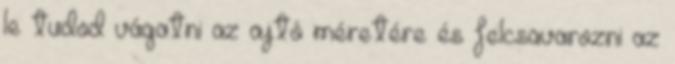
le tudod vágatni az ajtó méretére és felcsavarozni az